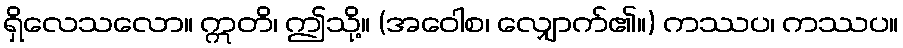
ရှိလေသလော။ ဣတိ၊ ဤသို့။ (အဝေါစ၊ လျှောက်၏။) ကဿပ၊ ကဿပ။